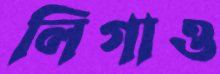
লিগাও